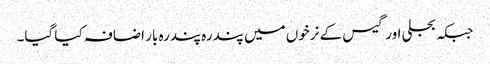
جبکہ بجلی اور گیس کے نرخوں میں پندرہ پندرہ بار اضافہ کیا گیا۔